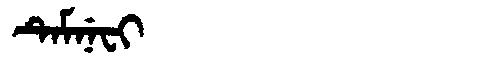
Manchu: ᡨᡝᠮᠨᡝᠸᡳ
Romanization: TEMNEFI